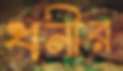
ধনীর